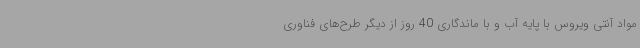
مواد آنتی ویروس با پایه آب و با ماندگاری 40 روز از دیگر طرح‌های فناوری